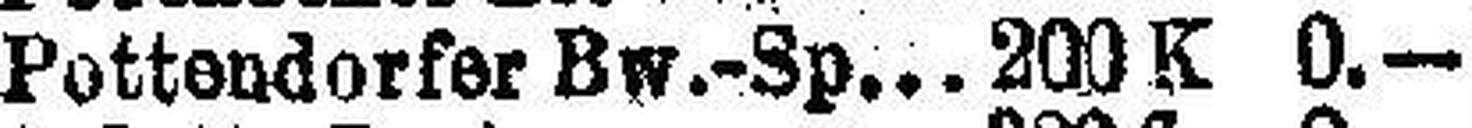
Pottendorfer Bw.-Sp. 200 K 0.—